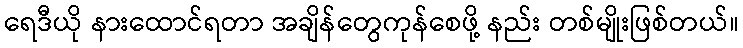
ရေဒီယို နားထောင်ရတာ အချိန်တွေကုန်စေဖို့ နည်း တစ်မျိုးဖြစ်တယ်။